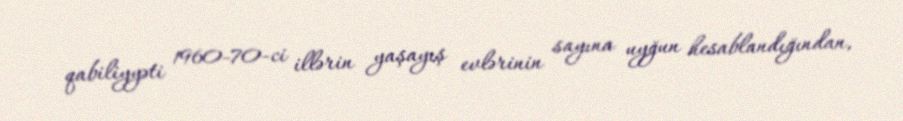
qabiliyyəti 1960-70-ci illərin yaşayış evlərinin sayına uyğun hesablandığından,